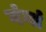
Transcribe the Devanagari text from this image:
गंगां